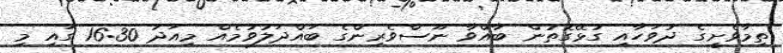
ތިމާވެށީގެ ދުވަހާއި ގުޅޭގޮތުން ބާއްވާ ނޫސްވެރިންގެ ބައްދަލުވުމެއް މިއަދު 16:30 ގައި މި